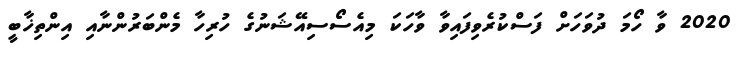
2020 ވާ ހޯމަ ދުވަހަށް ފަސްކުރެވިފައިވާ ވާހަކަ މިއެސޯސިއޭޝަނުގެ ހުރިހާ މެންބަރުންނާއި އިންތިޚާބީ